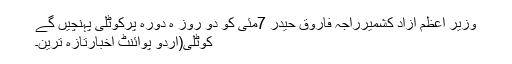
وزیر اعظم آزاد کشمیرراجہ فاروق حیدر 7مئی کو دو روز ہ دورہ پرکوٹلی پہنچیں گے
کوٹلی(اُردو پوائنٹ اخبارتازہ ترین۔